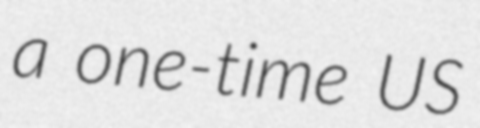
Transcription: a one-time US